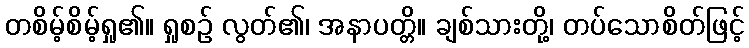
တစိမ့်စိမ့်ရှု၏။ ရှုစဉ် လွတ်၏၊ အနာပတ္တိ။ ချစ်သားတို့၊ တပ်သောစိတ်ဖြင့်